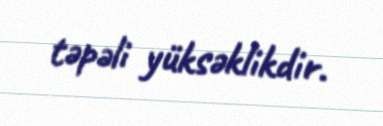
təpəli yüksəklikdir.